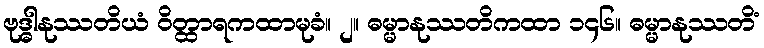
ဗုဒ္ဓါနုဿတိယံ ဝိတ္ထာရကထာမုခံ။ ၂။ ဓမ္မာနုဿတိကထာ ၁၄၆။ ဓမ္မာနုဿတိံ